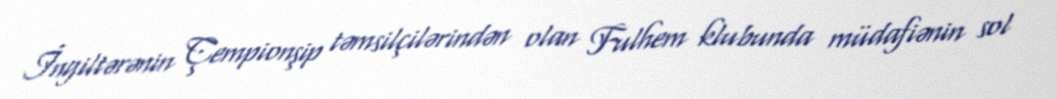
İngiltərənin Çempionşip təmsilçilərindən olan Fulhem klubunda müdafiənin sol